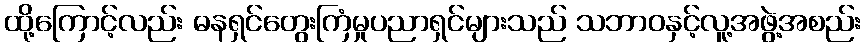
ထို့ကြောင့်လည်း ဓနရှင်တွေးကြံမှုပညာရှင်များသည် သဘာဝနှင့်လူ့အဖွဲ့အစည်း